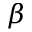
\beta